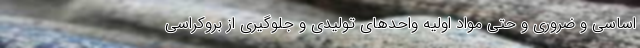
اساسی و ضروری و حتی مواد اولیه واحدهای تولیدی و جلوگیری از بروکراسی